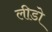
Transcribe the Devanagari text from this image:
लीडो